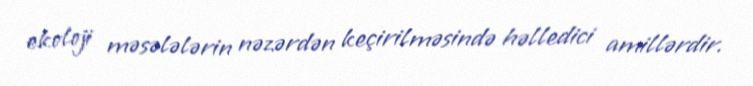
ekoloji məsələlərin nəzərdən keçirilməsində həlledici amillərdir.